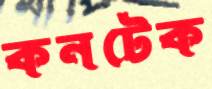
কনটেক